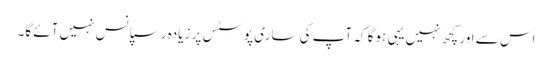
اس سے اور کچھ نہیں یہی ہوگا کہ آپ کی ساری پوسٹس پر زیادہ رسپانس نہیں آئے گا۔